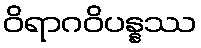
ဝိရာဂဝိပန္နဿ